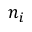
n _ { i }